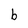
Character: b